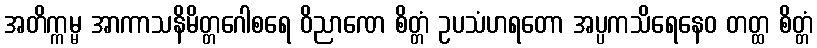
အတိက္ကမ္မ အာကာသနိမိတ္တဂေါစရေ ဝိညာဏေ စိတ္တံ ဥပသံဟရတော အပ္ပကသိရေနေဝ တတ္ထ စိတ္တံ